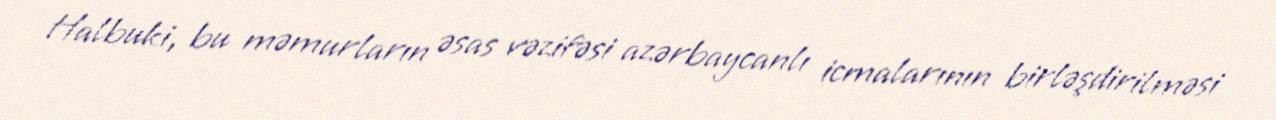
Halbuki, bu məmurların əsas vəzifəsi azərbaycanlı icmalarının birləşdirilməsi